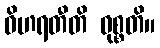
ဝိဟရတီတိ ဝုစ္စတိ။